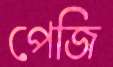
পেজি